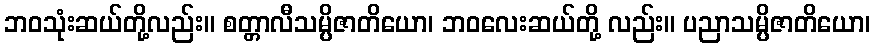
ဘဝသုံးဆယ်တို့လည်း။ စတ္တာလီသမ္ပိဇာတိယော၊ ဘဝလေးဆယ်တို့ လည်း။ ပညာသမ္ပိဇာတိယော၊